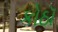
કોઠૉ